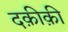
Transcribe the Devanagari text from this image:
दक़ीक़ी